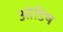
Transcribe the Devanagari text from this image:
ओडिष